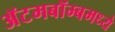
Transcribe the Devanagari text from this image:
अॅटमबॉम्बमध्ये